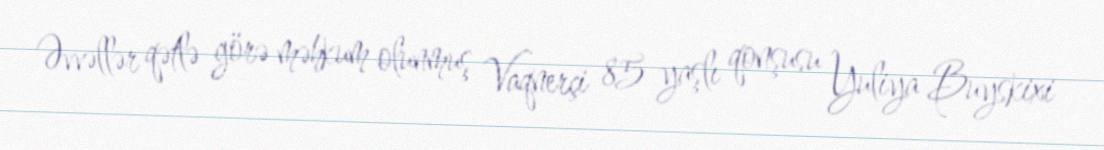
Əvvəllər qətlə görə məhkum olunmuş Vaqnerçi 85 yaşlı qonşusu Yuliya Buyskixi